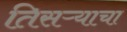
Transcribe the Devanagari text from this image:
तिसऱ्याचा